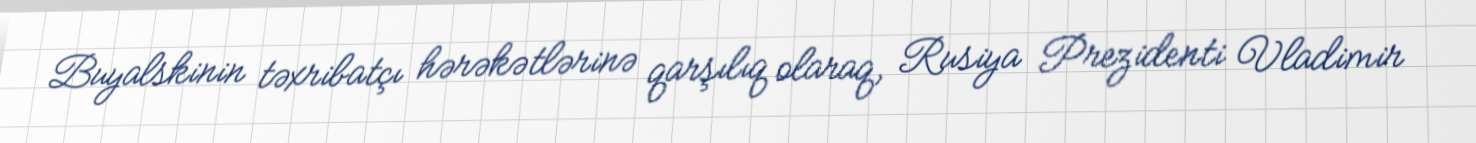
Buyalskinin təxribatçı hərəkətlərinə qarşılıq olaraq, Rusiya Prezidenti Vladimir